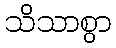
သိသာစွာ